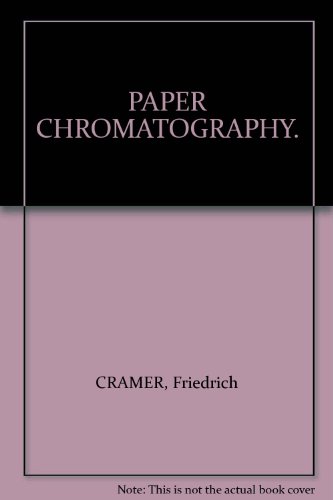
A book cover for PAPER CHROMATOGRAPHY.; Friedrich: Richards, Leighton (translator) Cramer; Science & Math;